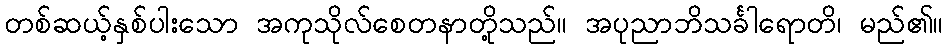
တစ်ဆယ့်နှစ်ပါးသော အကုသိုလ်စေတနာတို့သည်။ အပုညာဘိသင်္ခါရောတိ၊ မည်၏။